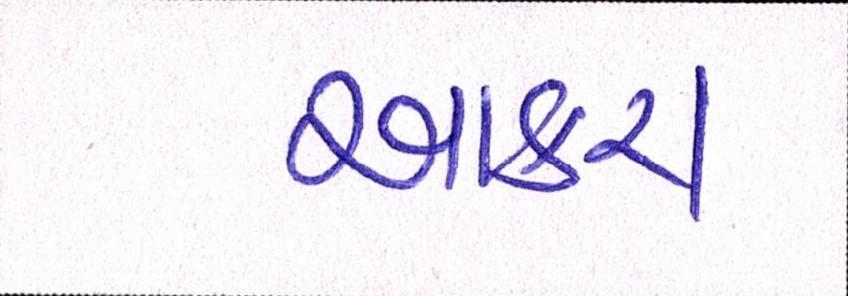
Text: આકરા